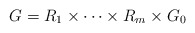
\begin{align*}G=R_1\times\cdots\times R_m\times G_0\end{align*}